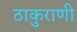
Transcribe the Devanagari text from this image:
ठाकुराणी